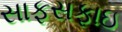
સાફસફાઇ